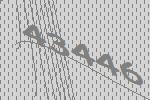
43446